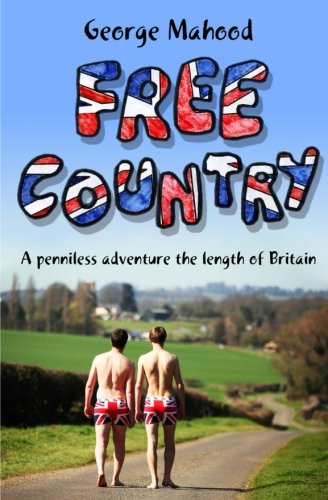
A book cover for Free Country: A Penniless Adventure the Length of Britain; George Mahood; Travel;